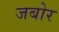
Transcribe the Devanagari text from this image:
जबोर